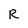
Character: R